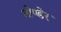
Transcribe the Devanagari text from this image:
मोण्डेर